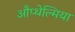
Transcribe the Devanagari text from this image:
औप्थेल्मिया